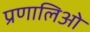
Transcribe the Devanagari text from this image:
प्रणालिओ